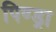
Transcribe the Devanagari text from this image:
पिण्‍ड्रा